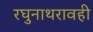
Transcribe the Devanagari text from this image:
रघुनाथरावही